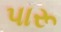
પારૂ